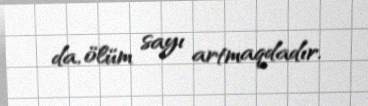
da, ölüm sayı artmaqdadır.